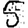
Digit: 5